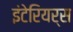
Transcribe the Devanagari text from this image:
इंटेरियर्स